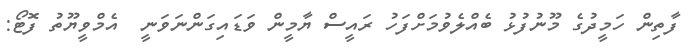
ފާތިން ހަމީދުގެ މޫނުފުޅު ބެއްލެވުމަށްފަހު ރައީސް ޔާމީން ވަޑައިގަންނަވަނީ  އެމްވީޔޫތު ފޮޓޯ: